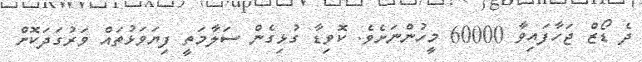
ދެ ޑޯޒް ޖަހާފައިވާ 60000 މީހުންނަށެވެ. ކޮވިޑާ ގުޅިގެން ސަލާމަތީ ފިޔަވަޅުތައް ވަރުގަދަކޮށް